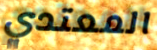
المعتدي